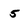
Character: 5